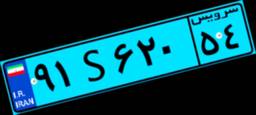
۹۱S۶۲۰۵۴